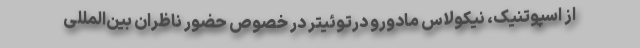
از اسپوتنیک، نیکولاس مادورو درتوئیتر در خصوص حضور ناظران بین‌المللی